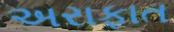
અરાફાત